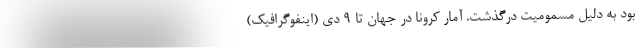
بود به دلیل مسمومیت درگذشت. آمار کرونا در جهان تا ۹ دی (اینفوگرافیک)